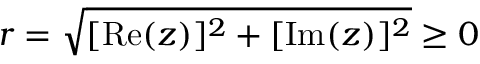
r = { \sqrt { [ \mathrm { R e } ( z ) ] ^ { 2 } + [ \mathrm { I m } ( z ) ] ^ { 2 } } } \geq 0